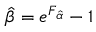
\hat { \beta } = e ^ { F _ { \hat { \alpha } } } - 1